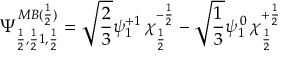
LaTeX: \Psi _ { \frac { 1 } { 2 } , \frac { 1 } { 2 } 1 , \frac { 1 } { 2 } } ^ { M B ( \frac { 1 } { 2 } ) } = \sqrt { \frac { 2 } { 3 } } \psi _ { 1 } ^ { + 1 } \, \chi _ { \frac { 1 } { 2 } } ^ { - \frac { 1 } { 2 } } - \sqrt { \frac { 1 } { 3 } } \psi _ { 1 } ^ { \, 0 } \, \chi _ { \frac { 1 } { 2 } } ^ { + \frac { 1 } { 2 } }